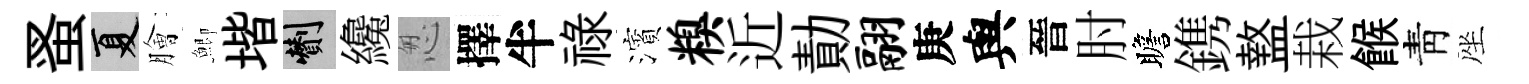
蚤夏膾鯽堦剪纔怱擇半祿濱糗近勣翮庚與晉肘瞻鎸盩栽餱靑座